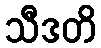
သီဒတိ